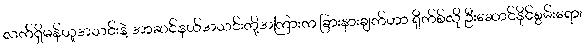
လက်ရှိမန်ယူအသင်းနဲ့ အာဆင်နယ်အသင်းတို့အကြားက ခြားနားချက်ဟာ ရိုက်စ်လို ဦးဆောင်နိုင်စွမ်းရော၊